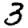
Digit: 3